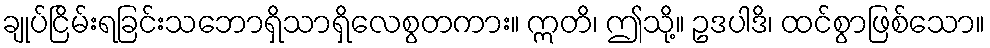
ချုပ်ငြိမ်းရခြင်းသဘောရှိသာရှိလေစွတကား။ ဣတိ၊ ဤသို့။ ဥဒပါဒိ၊ ထင်စွာဖြစ်သော။